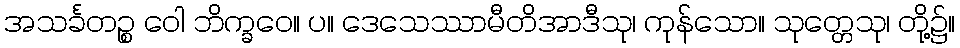
အသင်္ခတဉ္စ ဝေါ ဘိက္ခဝေ။ ပ။ ဒေသေဿာမီတိအာဒီသု၊ ကုန်သော။ သုတ္တေသု၊ တို့၌။